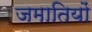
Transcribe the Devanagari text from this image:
जमातियों